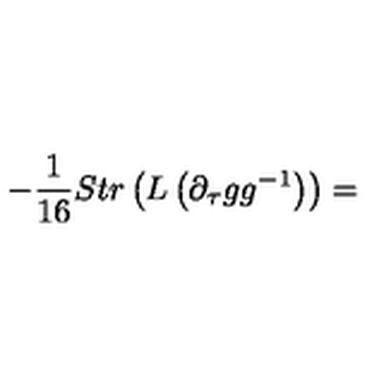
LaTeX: - \frac { 1 } { 1 6 } S t r \left( L \left( \partial _ { \tau } g g ^ { - 1 } \right) \right) =